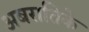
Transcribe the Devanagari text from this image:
अबरातिके